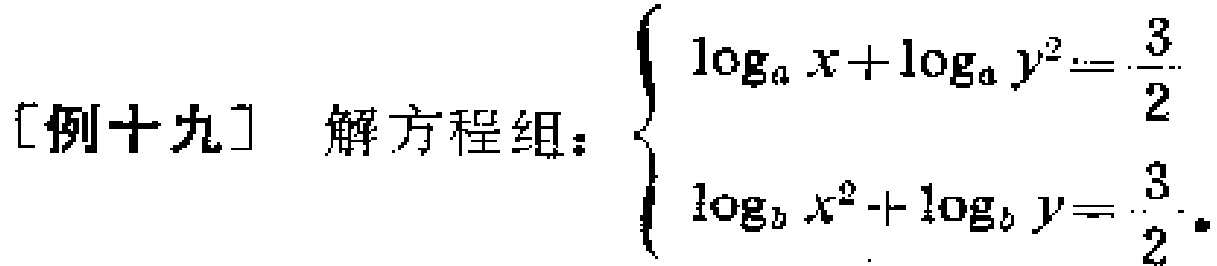
[例十九] 解方程组：$\begin{cases}
\log_{a}x + \log_{a}y^{2}=\frac{3}{2}\\
\log_{b}x^{2}+\log_{b}y = \frac{3}{2}
\end{cases}$